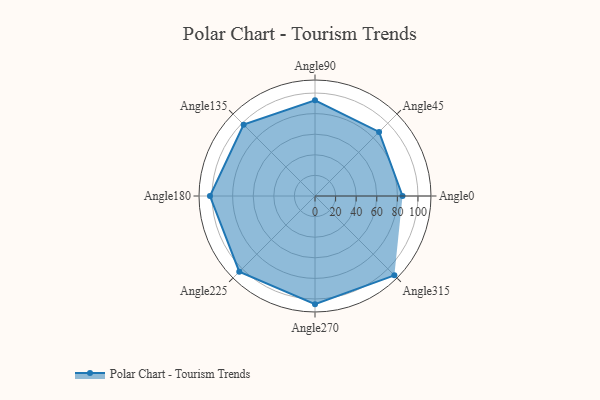
{"axis": {"x": "Angle", "y": "Radius"}, "legend": [""], "data": [{"x": "Angle0", "y": 85.0, "type": ""}, {"x": "Angle45", "y": 88.0, "type": ""}, {"x": "Angle90", "y": 93.0, "type": ""}, {"x": "Angle135", "y": 98.0, "type": ""}, {"x": "Angle180", "y": 102.0, "type": ""}, {"x": "Angle225", "y": 104.0, "type": ""}, {"x": "Angle270", "y": 105.0, "type": ""}, {"x": "Angle315", "y": 109.0, "type": ""}]}